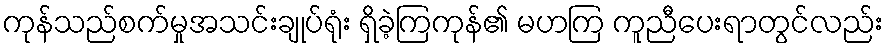
ကုန်သည်စက်မှုအသင်းချုပ်ရုံး ရှိခဲ့ကြကုန်၏ မဟကြ ကူညီပေးရာတွင်လည်း